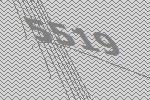
5519